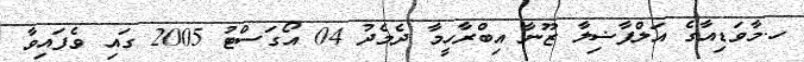
ހ.މާވަޑިއާގެ އަލްފާޟިލާ ޒޫނާ އިބްރާހީމާ ދެމެދު 04 އޯގަސްޓު 2005 ގައި ވެފައިވާ